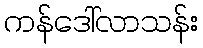
ကန်ဒေါ်လာသန်း